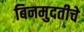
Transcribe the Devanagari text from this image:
बिनमुदतीचे